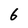
Character: 6